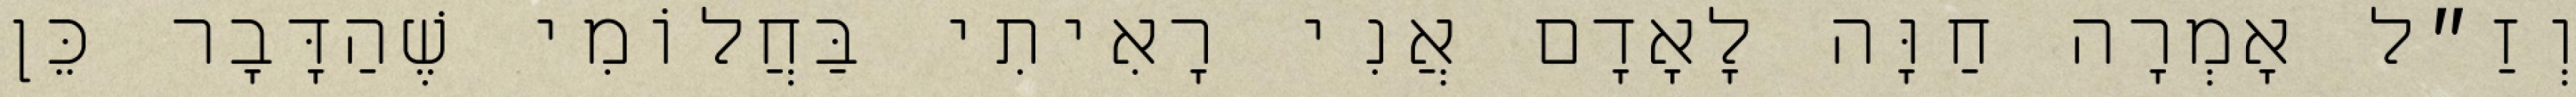
וְזַ״ל אָמְרָה חַוָּה לָאָדָם אֲנִי רָאִיתִי בַּחֲלוֹמִי שֶׁהַדָּבָר כֵּן